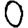
Digit: 0